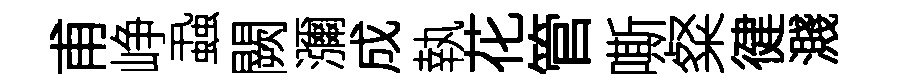
甫峥蝨闕瀰成執花管嘶粲徤濺